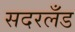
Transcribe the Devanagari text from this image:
सदरलँड